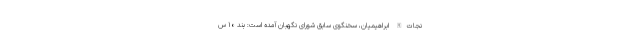
نجات‌الله ابراهیمیان، سخنگوی سابق شورای نگهبان آمده است: بند ۱۰ س